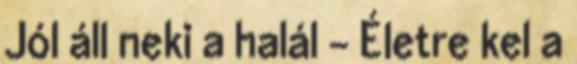
Jól áll neki a halál - Életre kel a